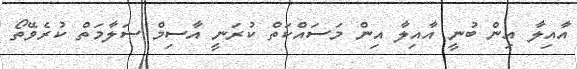
އާއިލާ އިން ބުނީ އާއިލާ އިން މަސައްކަތް ކުރަނީ އާސިމް ސަލާމަތް ކުރެވޭތޯ